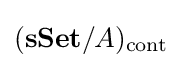
(\mathbf {sSet} /A)_{\mathrm {cont} }